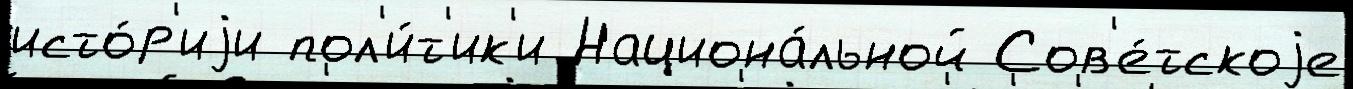
исто́р'иjи пол'и́т'ик'и Национа́льной Сов'е́тскоjе